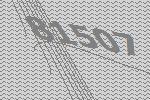
81507